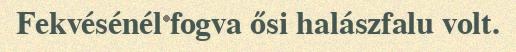
Fekvésénél fogva ősi halászfalu volt.